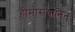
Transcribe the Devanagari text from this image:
हीमोसयानिन